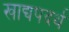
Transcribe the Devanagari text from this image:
खाद्यपदर्थ